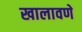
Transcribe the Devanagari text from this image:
खालावणे